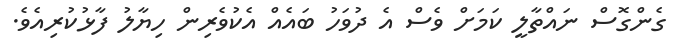
ގެންގޮސް ނައްތާލީ ކަމަށް ވެސް އެ ދުވަހު ބައެއް އެކުވެރިން ހިޔާލު ފާޅުކުރިއެވެ.